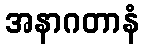
အနာဂတာနံ